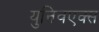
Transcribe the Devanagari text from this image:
युनिवएक्स